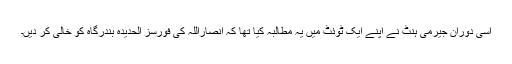
اسی دوران جیرمی ہنٹ نے اپنے ایک ٹوئٹ میں یہ مطالبہ کیا تھا کہ انصاراللہ کی فورسز الحدیدہ بندرگاہ کو خالی کر دیں۔